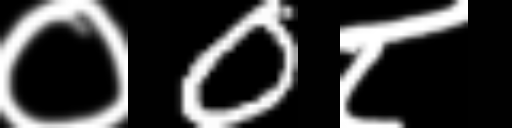
Text: ०0८